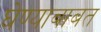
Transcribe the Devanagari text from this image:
घेण्याबाबत